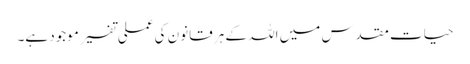
حیات مقدس میں اللہ کے ہر قانون کی عملی تفسیر موجود ہے۔